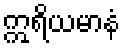
ဣရိယမာနံ